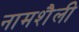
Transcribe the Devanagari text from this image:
नामशैली